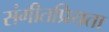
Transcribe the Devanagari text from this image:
संगीतप्रियता